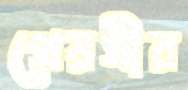
প্রেয়সীর